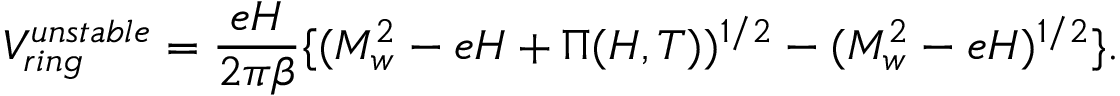
V _ { r i n g } ^ { u n s t a b l e } = \frac { e H } { 2 \pi \beta } \{ ( M _ { w } ^ { 2 } - e H + \Pi ( H , T ) ) ^ { 1 / 2 } - ( M _ { w } ^ { 2 } - e H ) ^ { 1 / 2 } \} .